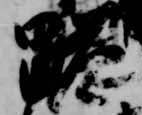
跪